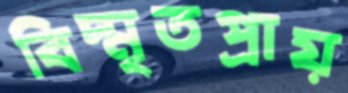
বিস্মৃতপ্রায়